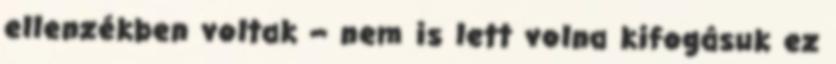
ellenzékben voltak – nem is lett volna kifogásuk ez